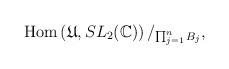
LaTeX: \begin{align*}{\rm Hom}\left(\mathfrak U,SL_2(\mathbb C)\right)\slash_{\prod_{j=1}^n B_j},\end{align*}